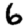
Digit: 6